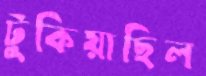
টুকিয়াছিল